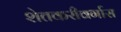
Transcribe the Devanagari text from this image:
शेतकरीवर्गास